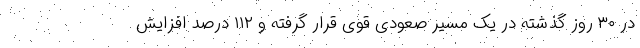
در ۳۰ روز گذشته در یک مسیر صعودی قوی قرار گرفته و ۱۱۲ درصد افزایش